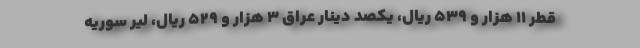
قطر ۱۱ هزار و ۵۳۹ ریال، یکصد دینار عراق ۳ هزار و ۵۲۹ ریال، لیر سوریه